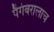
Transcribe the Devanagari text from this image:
पैगंबरालाच